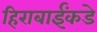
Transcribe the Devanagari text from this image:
हिराबाईंकडे